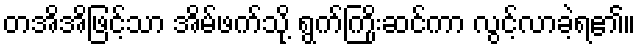
တအိအိဖြင့်သာ အိမ်ဖက်သို့ ရွက်ကြိုးဆင်ကာ လွင့်လာခဲ့ရ၏။